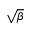
\sqrt { \beta }